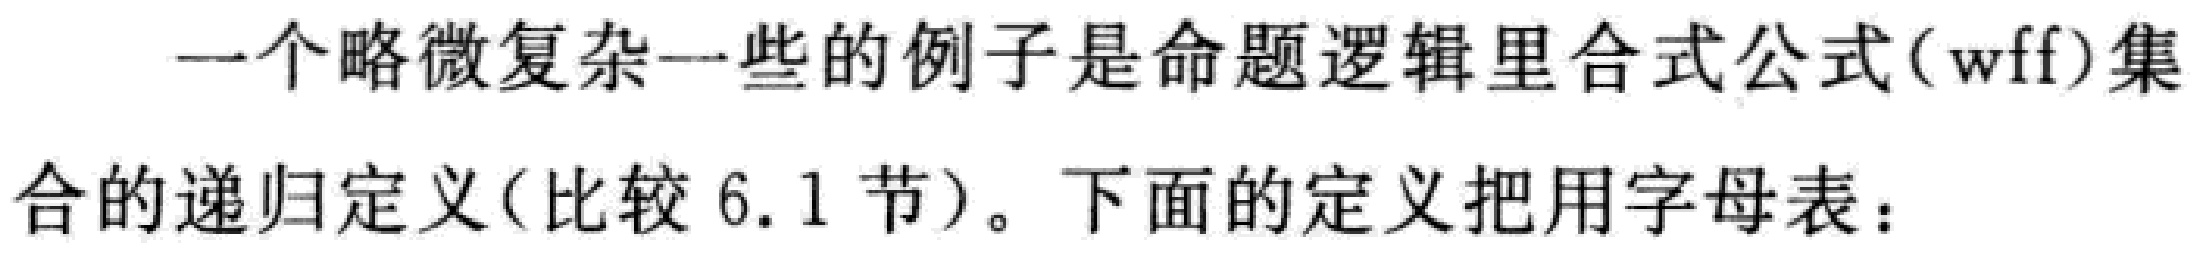
一个略微复杂一些的例子是命题逻辑里合式公式(wff)集合的递归定义(比较6.1节)。下面的定义把用字母表：